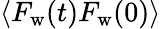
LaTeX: \left<F_{\mathrm{w}}(t)F_{\mathrm{w}}(0)\right>